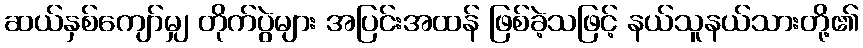
ဆယ်နှစ်ကျော်မျှ တိုက်ပွဲများ အပြင်းအထန် ဖြစ်ခဲ့သဖြင့် နယ်သူနယ်သားတို့၏